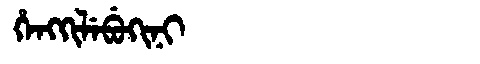
Manchu: ᡥᡝᠩᡴᡳᠯᡝᠪᡠᡴᡳᠨᡳ
Romanization: HENGKILEBUKINI